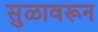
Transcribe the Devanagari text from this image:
सुळावरून